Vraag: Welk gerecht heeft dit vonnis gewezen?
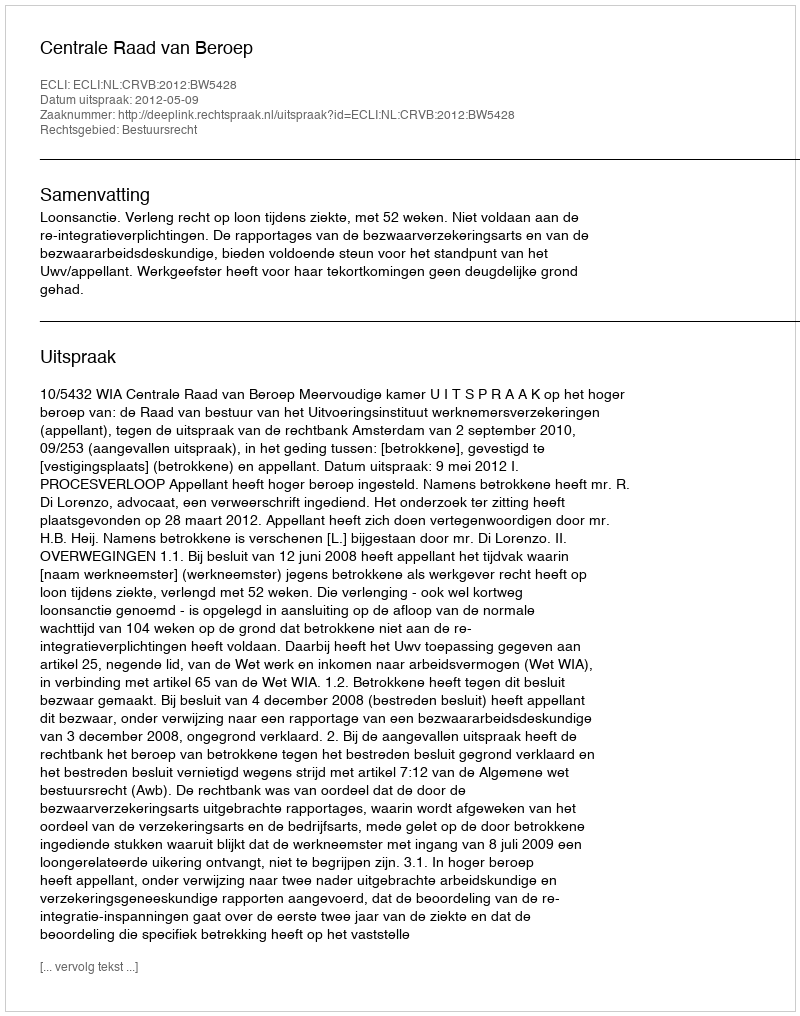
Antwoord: Centrale Raad van Beroep